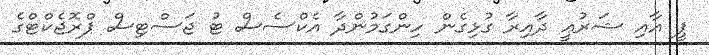
ޕީ އާއި ޝަރުޢީ ދާއިރާ ގުޅިގެން ހިންގަމުންދާ އެކްސެސް ޓު ޖަސްޓިސް ޕްރޮޖެކްޓްގެ